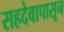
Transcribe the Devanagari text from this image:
सहदेवापासून